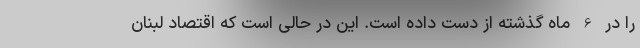
را در 6 ماه گذشته از دست داده است. این در حالی است که اقتصاد لبنان